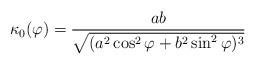
LaTeX: \begin{align*}\kappa_0(\varphi) =\frac{ab}{\sqrt{(a^2 \cos^2 \varphi + b^2 \sin^2 \varphi)^3}}\end{align*}